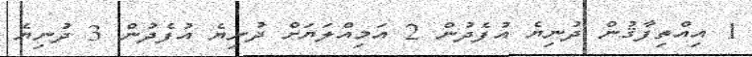
1 އިއްތިފާޤުން ދުނިޔެ އުފެދުން 2 އަމިއްލަޔަށް ދުނިޔެ އުފެދުން 3 ދުނިޔެ